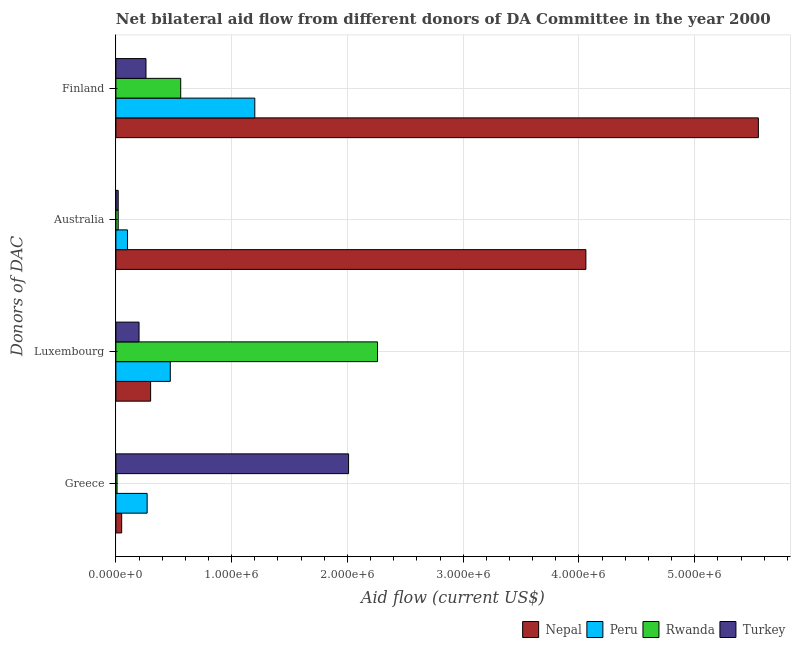
| Donors of DAC | Nepal | Peru | Rwanda | Turkey |
 | --- | --- | --- | --- | --- |
 | Greece | 5e+04 | 2.7e+05 | 1e+04 | 2.01e+06 |
 | Luxembourg | 3e+05 | 4.7e+05 | 2.26e+06 | 2e+05 |
 | Australia | 4.06e+06 | 1e+05 | 2e+04 | 2e+04 |
 | Finland | 5.55e+06 | 1.2e+06 | 5.6e+05 | 2.6e+05 |